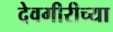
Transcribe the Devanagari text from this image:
देवगीरीच्या